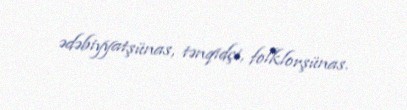
ədəbiyyatşünas, tənqidçi, folklorşünas.